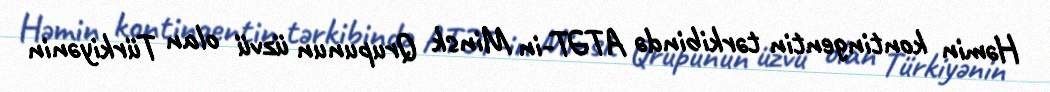
Həmin kontingentin tərkibində ATƏT-in Minsk Qrupunun üzvü olan Türkiyənin